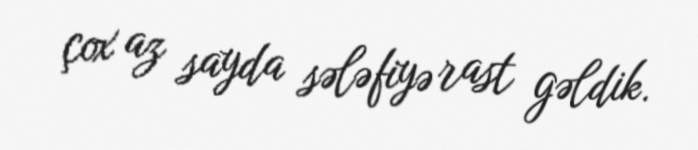
çox az sayda sələfiyə rast gəldik.